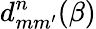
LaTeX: d_{mm^{\prime}}^{n}(\beta)